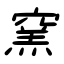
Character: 窯